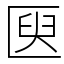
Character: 㔱